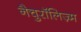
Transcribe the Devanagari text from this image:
नैचुरॉलिज़्म